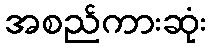
အစည်ကားဆုံး